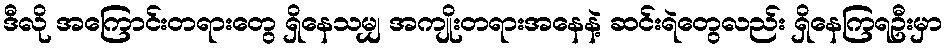
ဒီလို အကြောင်းတရားတွေ ရှိနေသမျှ အကျိုးတရားအနေနဲ့ ဆင်းရဲတွေလည်း ရှိနေကြရဦးမှာ